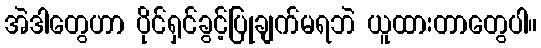
အဲဒါတွေဟာ ပိုင်ရှင်ခွင့်ပြုချက်မရဘဲ ယူထားတာတွေပါ။